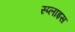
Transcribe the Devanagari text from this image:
स्प्लाइस